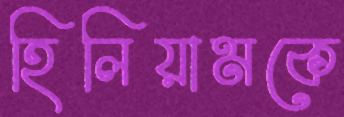
হিলিয়ামকে